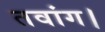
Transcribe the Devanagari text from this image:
तवांग।